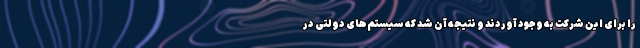
را برای این شرکت به وجود آوردند و نتیجه آن شد که سیستم‌های دولتی در